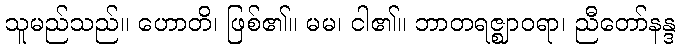
သူမည်သည်။ ဟောတိ၊ ဖြစ်၏။ မမ၊ ငါ၏။ ဘာတရဇ္ဈာဝရာ၊ ညီတော်နန္ဒ